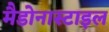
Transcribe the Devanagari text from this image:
मैडोनास्टाइल